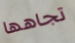
تجاهها